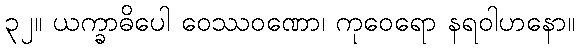
၃၂။ ယက္ခာဓိပေါ ဝေဿဝဏော၊ ကုဝေရော နရဝါဟနော။